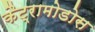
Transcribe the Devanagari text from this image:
कैट्रामोडोस